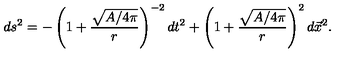
d s ^ { 2 } = - \left( 1 + { \frac { \sqrt { A / 4 \pi } } { r } } \right) ^ { - 2 } d t ^ { 2 } + \left( 1 + { \frac { \sqrt { A / 4 \pi } } { r } } \right) ^ { 2 } d \vec { x } ^ { 2 } .